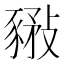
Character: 𧱰